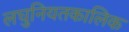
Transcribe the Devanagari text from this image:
लघुनियतकालिक